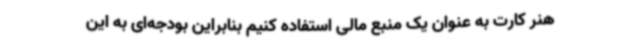
هنر کارت به عنوان یک منبع مالی استفاده کنیم بنابراین بودجه‌ای به این